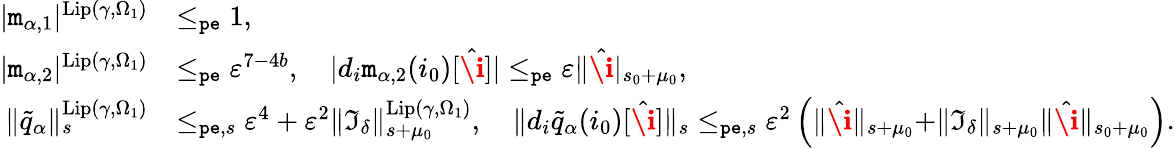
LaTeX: \begin{array}{rl}{|\mathtt{m}_{\alpha,1}|^{\mathrm{Lip}(\gamma,\Omega_{1})}}&{\le_{\mathtt{pe}}1,}\\ {|\mathtt{m}_{\alpha,2}|^{\mathrm{Lip}(\gamma,\Omega_{1})}}&{\le_{\mathtt{pe}}\varepsilon^{7-4b},\quad|d_{i}\mathtt{m}_{\alpha,2}(i_{0})[\hat{\textbf{\i}}]|\le_{\mathtt{pe}}\varepsilon\rVert\hat{\textbf{\i}}|_{s_{0}+\mu_{0}},}\\ {\rVert\tilde{q}_{\alpha}\rVert_{s}^{\mathrm{Lip}(\gamma,\Omega_{1})}}&{\le_{\mathtt{pe},s}\varepsilon^{4}+\varepsilon^{2}\rVert\mathfrak{I}_{\delta}\rVert_{s+\mu_{0}}^{\mathrm{Lip}(\gamma,\Omega_{1})},\quad\rVert d_{i}\tilde{q}_{\alpha}(i_{0})[\hat{\textbf{\i}}]\rVert_{s}\le_{\mathtt{pe},s}\varepsilon^{2}\left(\rVert\hat{\textbf{\i}}\rVert_{s+\mu_{0}}+\rVert\mathfrak{I}_{\delta}\rVert_{s+\mu_{0}}\rVert\hat{\textbf{\i}}\rVert_{s_{0}+\mu_{0}}\right).}\end{array}